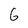
Character: G